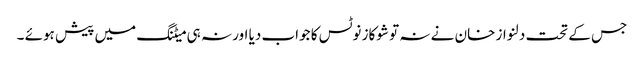
جس کے تحت دلنواز خان نے نہ تو شوکاز نوٹس کا جواب دیا اور نہ ہی میٹنگ میں پیش ہوئے ۔